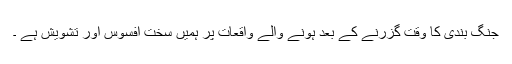
جنگ بندی کا وقت گزرنے کے بعد ہونے والے واقعات پر ہمیں سخت افسوس اور تشویش ہے ۔